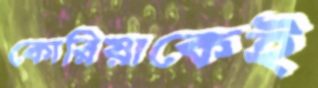
কোরিয়াকেই